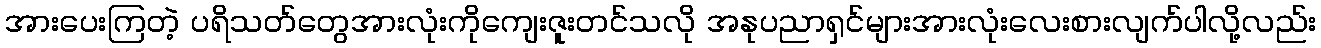
အားပေးကြတဲ့ ပရိသတ်တွေအားလုံးကိုကျေးဇူးတင်သလို အနုပညာရှင်များအားလုံးလေးစားလျက်ပါလို့လည်း